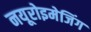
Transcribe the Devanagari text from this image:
नयूरोइमेजिंग